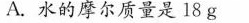
A.水的摩尔质量是18g